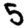
Digit: 5